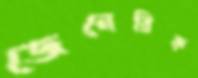
জেনেরিক